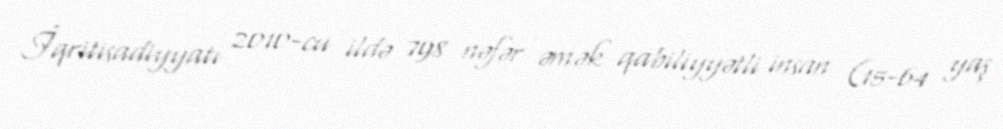
İqritisadiyyatı 2010-cu ildə 798 nəfər əmək qabiliyyətli insan (15-64 yaş